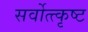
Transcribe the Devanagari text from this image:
सर्वोत्त्कृष्ट